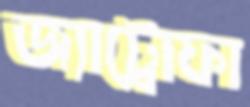
জ্যাট্রোফা